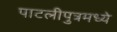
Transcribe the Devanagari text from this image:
पाटलीपुत्रमध्ये